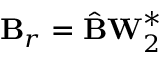
\mathbf { B } _ { r } = \hat { \mathbf { B } } \mathbf { W } _ { 2 } ^ { * }